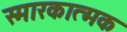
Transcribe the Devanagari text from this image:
स्मारकात्मक